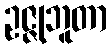
ဥဇ္ဇုဘူတာ